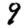
Digit: 9